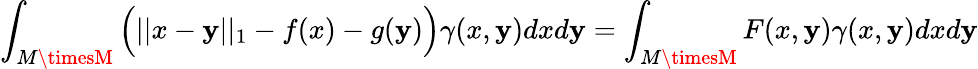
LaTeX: \int_{M\timesM}\Big(||x-\mathbf{y}||_{1}-f(x)-g(\mathbf{y})\Big)\gamma(x,\mathbf{y})dxd\mathbf{y}=\int_{M\timesM}F(x,\mathbf{y})\gamma(x,\mathbf{y})dxd\mathbf{y}